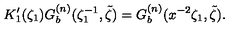
K _ { 1 } ^ { \prime } ( \zeta _ { 1 } ) G _ { b } ^ { ( n ) } ( \zeta _ { 1 } ^ { - 1 } , \tilde { \zeta } ) = G _ { b } ^ { ( n ) } ( x ^ { - 2 } \zeta _ { 1 } , \tilde { \zeta } ) .